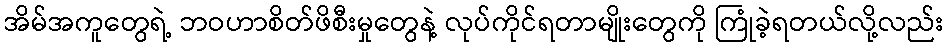
အိမ်အကူတွေရဲ့ ဘဝဟာစိတ်ဖိစီးမှုတွေနဲ့ လုပ်ကိုင်ရတာမျိုးတွေကို ကြုံခဲ့ရတယ်လို့လည်း